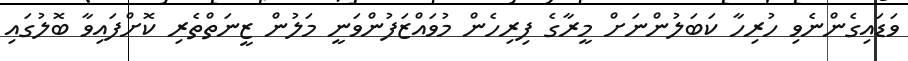
ވަޑައިގެންނެވި ހުރިހާ ކަބަލުންނަށް މީރާގެ ފިރިހެން މުވައްޒަފުންވަނީ މަލުން ޒީނަތްތެރި ކޮށްފައިވާ ބޮލުގައި